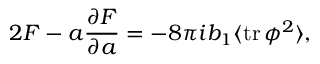
2 { \cal F } - a { \frac { \partial { \cal F } } { \partial a } } = - 8 \pi i b _ { 1 } \langle \mathrm { t r } \, \phi ^ { 2 } \rangle ,